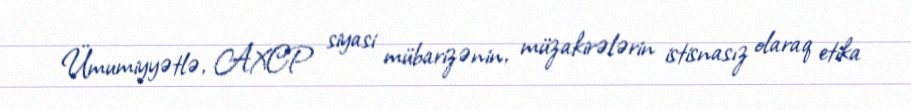
Ümumiyyətlə, AXCP siyasi mübarizənin, müzakirələrin istisnasız olaraq etika